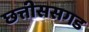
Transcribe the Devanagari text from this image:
छत्तीससगड